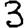
Digit: 3